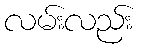
လမ်းလည်း